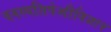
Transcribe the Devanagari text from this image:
वनस्पतिपेशीविज्ञान